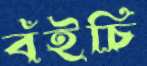
বঁইচি